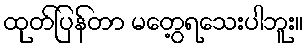
ထုတ်ပြန်တာ မတွေ့ရသေးပါဘူး။